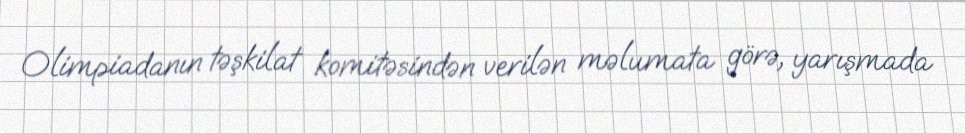
Olimpiadanın təşkilat komitəsindən verilən məlumata görə, yarışmada